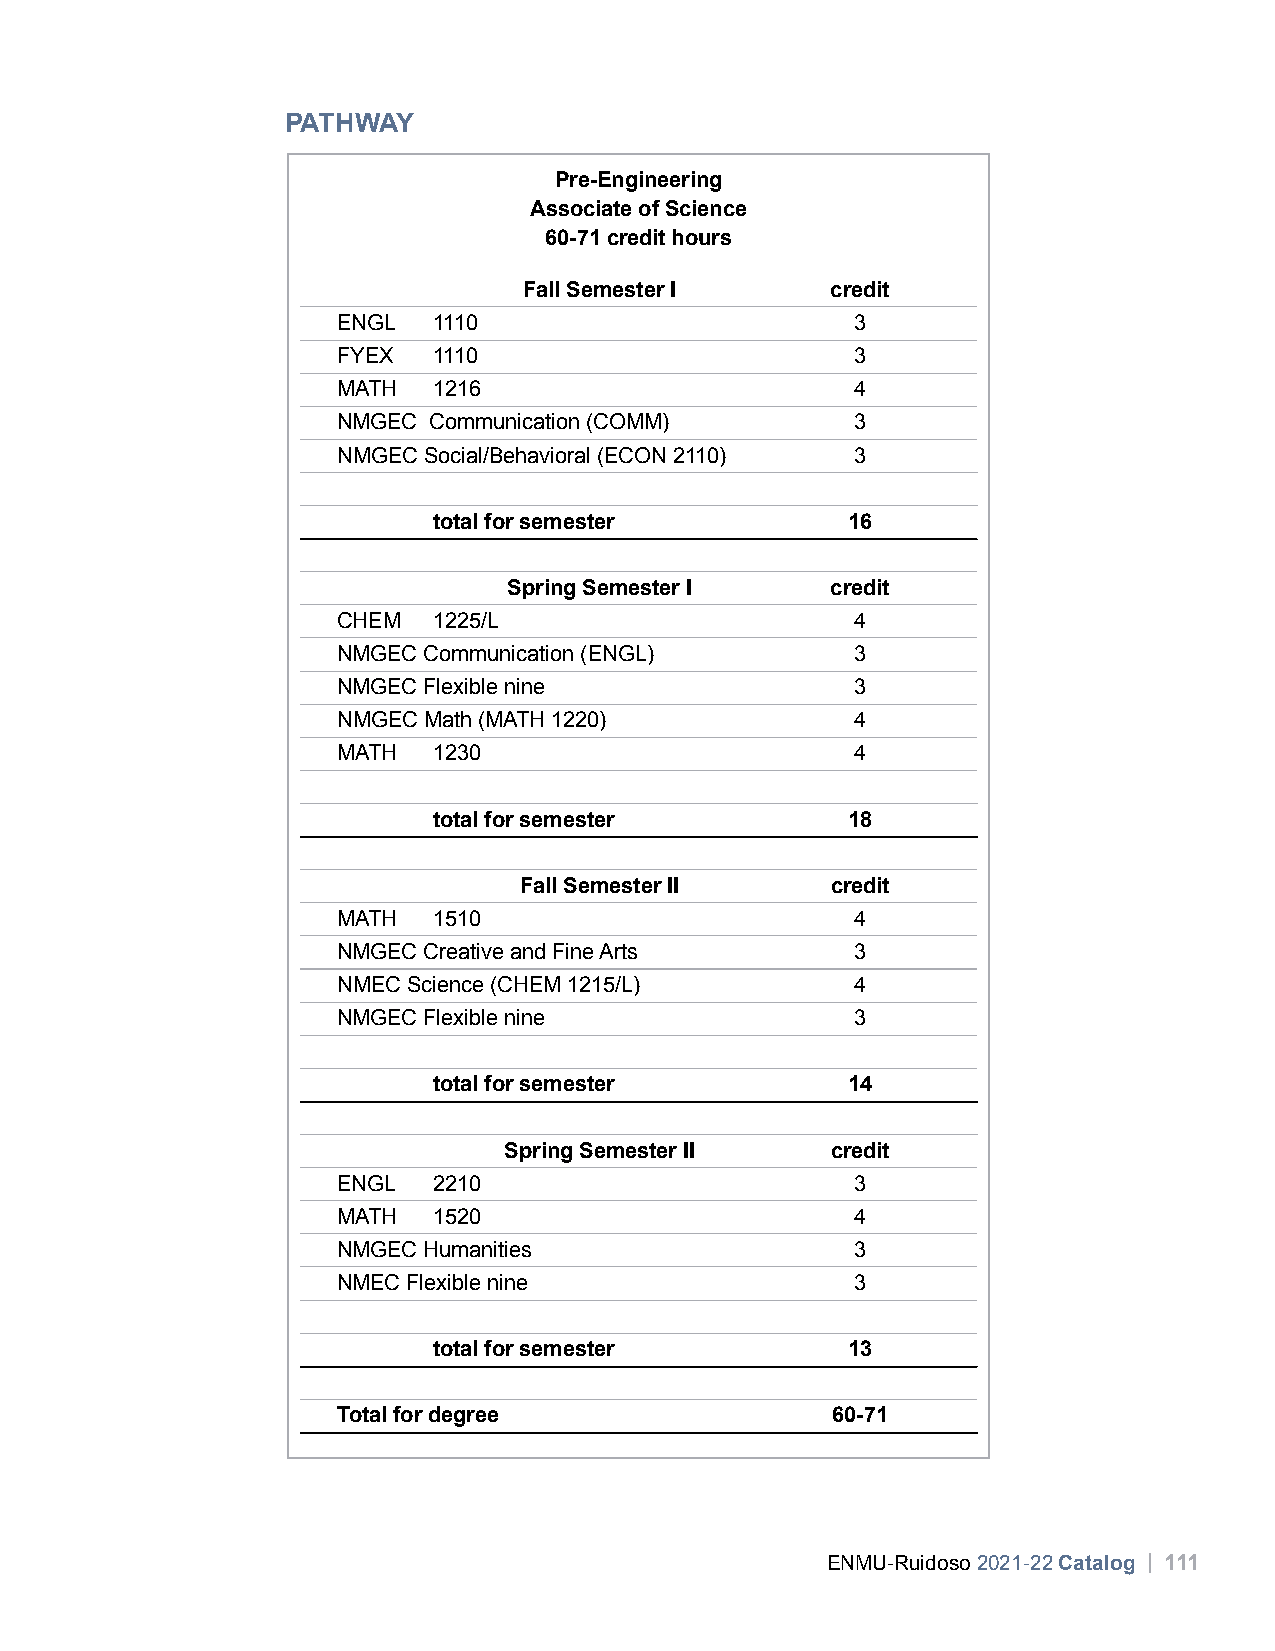
PATHWAY
 Pre-Engineering
 Associate of Science
 60-71 credit hours
 Fall Semester I     credit
 ENGL   1110                        3
 FYEX   1110                        3
 MATH   1216                        4
 NMGEC Communication (COMM)         3
 NMGEC Social/Behavioral (ECON 2110) 3
 total for semester         16
 Spring Semester I    credit
 CHEM   1225/L                      4
 NMGEC Communication (ENGL)         3
 NMGEC Flexible nine                3
 NMGEC Math (MATH 1220)             4
 MATH   1230                        4
 total for semester         18
 Fall Semester II     credit
 MATH   1510                        4
 NMGEC Creative and Fine Arts       3
 NMEC Science (CHEM 1215/L)         4
 NMGEC Flexible nine                3
 total for semester         14
 Spring Semester II    credit
 ENGL   2210                        3
 MATH   1520                        4
 NMGEC Humanities                   3
 NMEC Flexible nine                 3
 total for semester         13
 Total for degree                 60-71
 ENMU-Ruidoso 2021-22 Catalog | 111